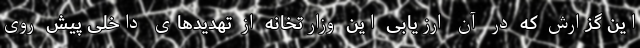
این گزارش که در آن ارزیابی این وزارتخانه از تهدیدهای داخلی پیش روی